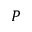
P